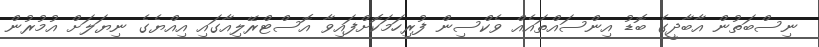
ނިސްބަތުން އާބާދީގެ ބޮޑު އިންސައްތައެއް ވެކްސިން ފުރިހަމަކޮށްފައިވާ އޮސްޓްރޭލިއާގައި އިއްޔެގެ ނިޔަލަށް އުމުރުން